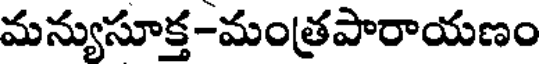
మన్యుసూక్త-మంత్రపారాయణం